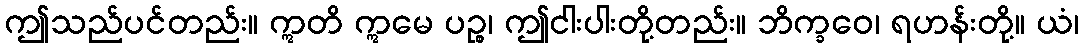
ဤသည်ပင်တည်း။ ဣတိ ဣမေ ပဉ္စ၊ ဤငါးပါးတို့တည်း။ ဘိက္ခဝေ၊ ရဟန်းတို့။ ယံ၊